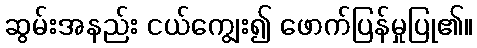
ဆွမ်းအနည်း ငယ်ကျွေး၍ ဖောက်ပြန်မှုပြု၏။